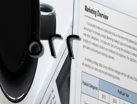
٥٢٢